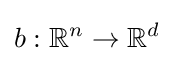
b:\mathbb {R} ^{n}\rightarrow \mathbb {R} ^{d}